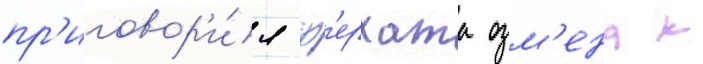
пр'иговор'и́л ф'ерхата озм'ена к